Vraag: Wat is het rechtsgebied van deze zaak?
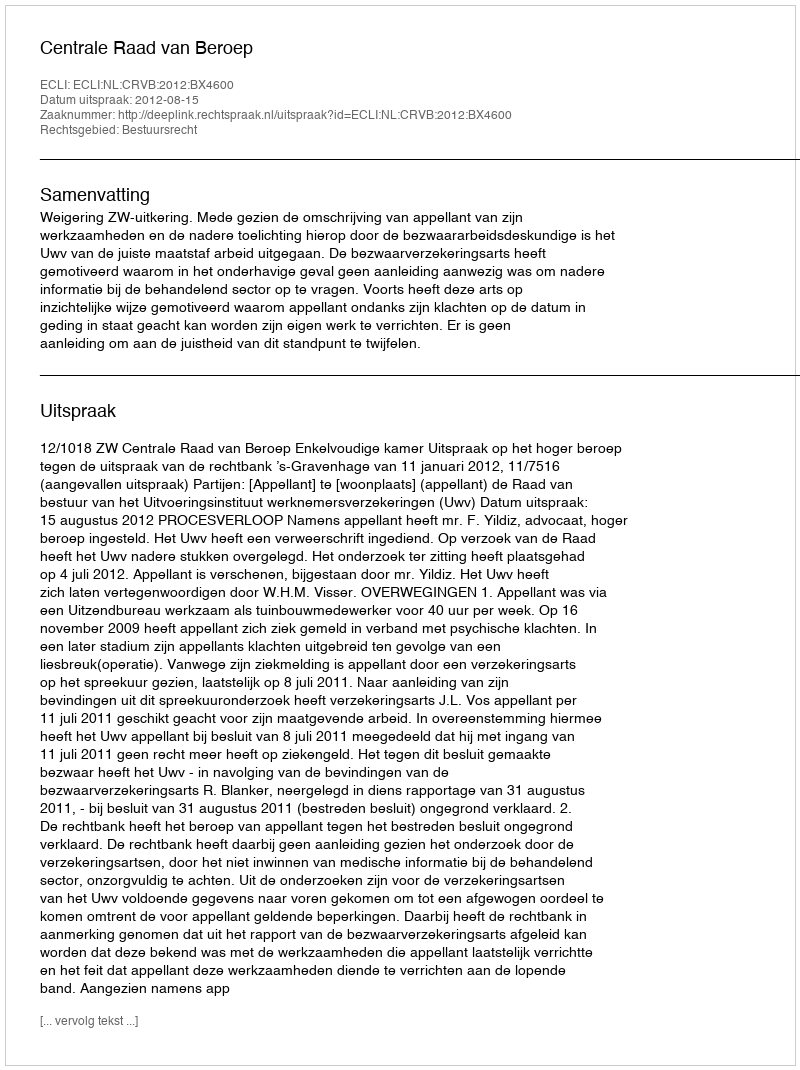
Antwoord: Bestuursrecht